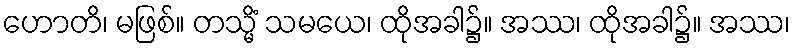
ဟောတိ၊ မဖြစ်။ တသ္မိံ သမယေ၊ ထိုအခါ၌။ အဿ၊ ထိုအခါ၌။ အဿ၊